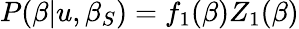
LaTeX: P(\beta|u,\beta_{S})=f_{1}(\beta)Z_{1}(\beta)